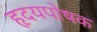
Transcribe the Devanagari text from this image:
हृदयपोषक